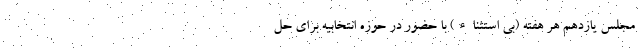
مجلس یازدهم هر هفته (بی استثناء) با حضور در حوزه انتخابیه برای حل